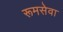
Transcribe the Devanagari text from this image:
रूमसेवा